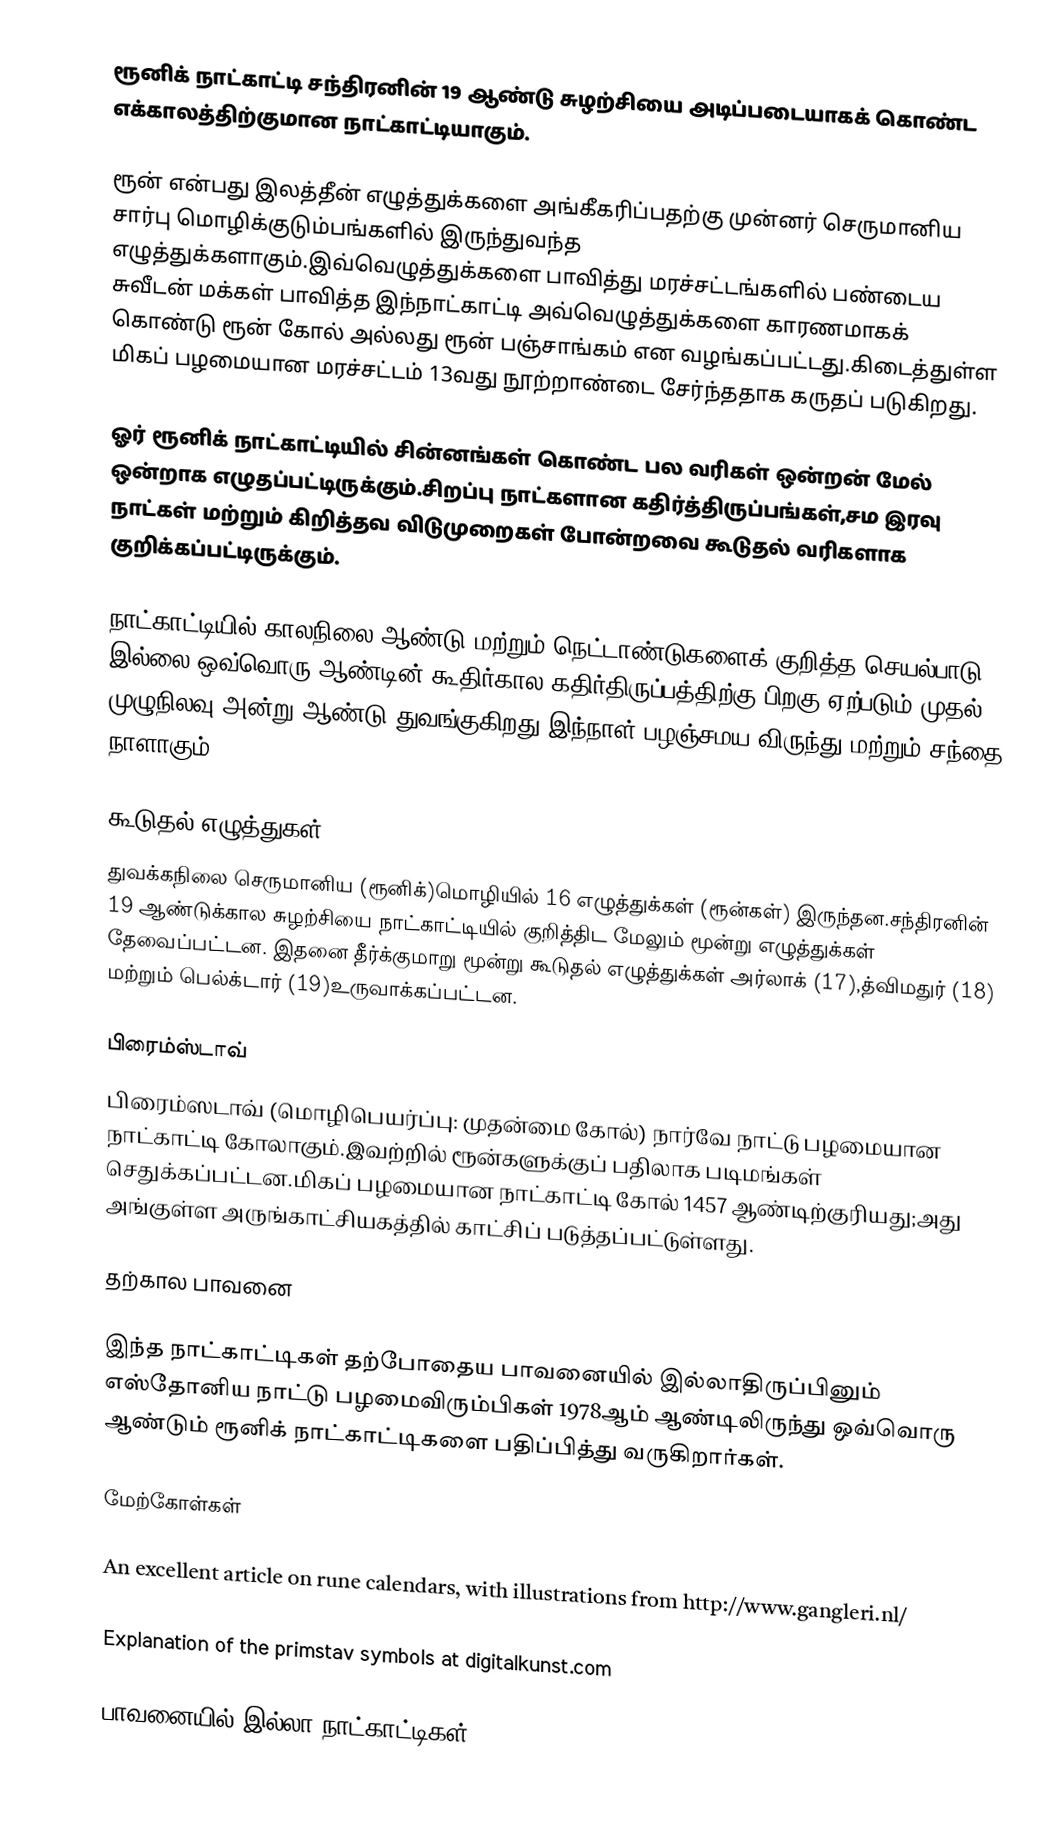
ரூனிக் நாட்காட்டி சந்திரனின்  19 ஆண்டு சுழற்சியை அடிப்படையாகக் கொண்ட எக்காலத்திற்குமான நாட்காட்டியாகும்.

ரூன் என்பது இலத்தீன் எழுத்துக்களை அங்கீகரிப்பதற்கு முன்னர் செருமானிய சார்பு மொழிக்குடும்பங்களில் இருந்துவந்த எழுத்துக்களாகும்.இவ்வெழுத்துக்களை பாவித்து மரச்சட்டங்களில் பண்டைய சுவீடன் மக்கள் பாவித்த இந்நாட்காட்டி அவ்வெழுத்துக்களை காரணமாகக் கொண்டு ரூன் கோல் அல்லது ரூன் பஞ்சாங்கம் என வழங்கப்பட்டது.கிடைத்துள்ள மிகப் பழமையான மரச்சட்டம் 13வது நூற்றாண்டை சேர்ந்ததாக கருதப் படுகிறது.

ஓர் ரூனிக் நாட்காட்டியில் சின்னங்கள் கொண்ட பல வரிகள் ஒன்றன் மேல் ஒன்றாக எழுதப்பட்டிருக்கும்.சிறப்பு நாட்களான கதிர்த்திருப்பங்கள்,சம இரவு நாட்கள் மற்றும் கிறித்தவ விடுமுறைகள் போன்றவை கூடுதல் வரிகளாக குறிக்கப்பட்டிருக்கும்.

நாட்காட்டியில் காலநிலை ஆண்டு மற்றும் நெட்டாண்டுகளைக் குறித்த செயல்பாடு இல்லை.ஒவ்வொரு ஆண்டின் கூதிர்கால கதிர்திருப்பத்திற்கு பிறகு ஏற்படும் முதல் முழுநிலவு அன்று ஆண்டு துவங்குகிறது.இந்நாள் பழஞ்சமய விருந்து மற்றும் சந்தை நாளாகும்.

கூடுதல் எழுத்துகள்
துவக்கநிலை செருமானிய (ரூனிக்)மொழியில் 16 எழுத்துக்கள் (ரூன்கள்) இருந்தன.சந்திரனின் 19 ஆண்டுக்கால சுழற்சியை நாட்காட்டியில் குறித்திட மேலும் மூன்று எழுத்துக்கள் தேவைப்பட்டன. இதனை தீர்க்குமாறு மூன்று கூடுதல் எழுத்துக்கள் அர்லாக் (17),த்விமதுர் (18) மற்றும் பெல்க்டார் (19)உருவாக்கப்பட்டன.

பிரைம்ஸ்டாவ்
  பிரைம்ஸடாவ் (மொழிபெயர்ப்பு: முதன்மை கோல்) நார்வே நாட்டு பழமையான நாட்காட்டி கோலாகும்.இவற்றில் ரூன்களுக்குப் பதிலாக படிமங்கள் செதுக்கப்பட்டன.மிகப் பழமையான நாட்காட்டி கோல் 1457 ஆண்டிற்குரியது;அது அங்குள்ள அருங்காட்சியகத்தில் காட்சிப் படுத்தப்பட்டுள்ளது.

தற்கால பாவனை

இந்த நாட்காட்டிகள் தற்போதைய பாவனையில் இல்லாதிருப்பினும் எஸ்தோனிய நாட்டு பழமைவிரும்பிகள் 1978ஆம் ஆண்டிலிருந்து ஒவ்வொரு ஆண்டும் ரூனிக் நாட்காட்டிகளை பதிப்பித்து வருகிறார்கள்.

மேற்கோள்கள்

 An excellent article on rune calendars, with illustrations from http://www.gangleri.nl/

 Explanation of the primstav symbols at digitalkunst.com

பாவனையில் இல்லா நாட்காட்டிகள்